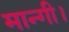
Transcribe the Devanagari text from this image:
मान्गी।